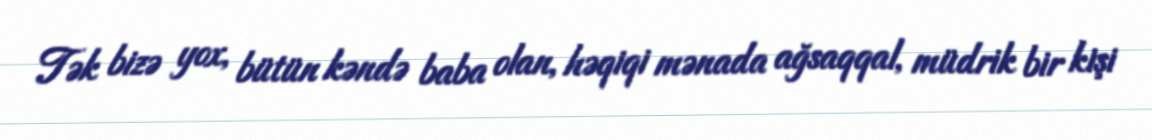
Tək bizə yox, bütün kəndə baba olan, həqiqi mənada ağsaqqal, müdrik bir kişi